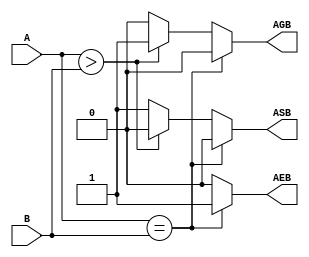
`timescale 1ns / 1ps
//////////////////////////////////////////////////////////////////////////////////
// Company: 
// Engineer: 
// 
// Design Name: 
// Module Name: compare
// Project Name: 
// Target Devices: 
// Tool Versions: 
// Description: 
// 
// Dependencies: 
// 
// Revision:
// Revision 0.01 - File Created
// Additional Comments:
// 
//////////////////////////////////////////////////////////////////////////////////


module compare(A,B,AEB,ASB,AGB);
input [7:0] A,B;
output reg AEB,ASB,AGB;
always@(A,B)
begin
    if(A==B)
        begin
        AEB=1'b1;
        ASB=1'b0;
        AGB=1'b0;
        end
     else 
     if(A>B)
        begin
        AEB=1'b0;
        ASB=1'b0;
        AGB=1'b1; 
        end
     else
        begin
        AEB=1'b0;
        ASB=1'b1;
        AGB=1'b0; 
        end
end
endmodule